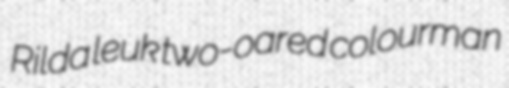
Rilda leuk two-oared colourman